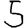
Digit: 5